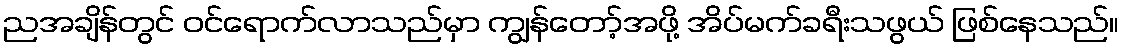
ညအချိန်တွင် ဝင်ရောက်လာသည်မှာ ကျွန်တော့်အဖို့ အိပ်မက်ခရီးသဖွယ် ဖြစ်နေသည်။